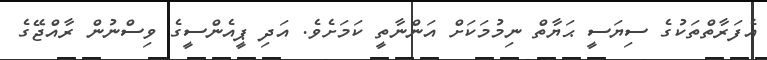
އެފަރާތްތަކުގެ ސިޔަސީ ޙަޔާތް ނިމުމަކަަށް އަންނާތީ ކަމަށެވެ. އަދި ޕީއެންސީގެ ވިސްނުން ރާއްޖޭގެ